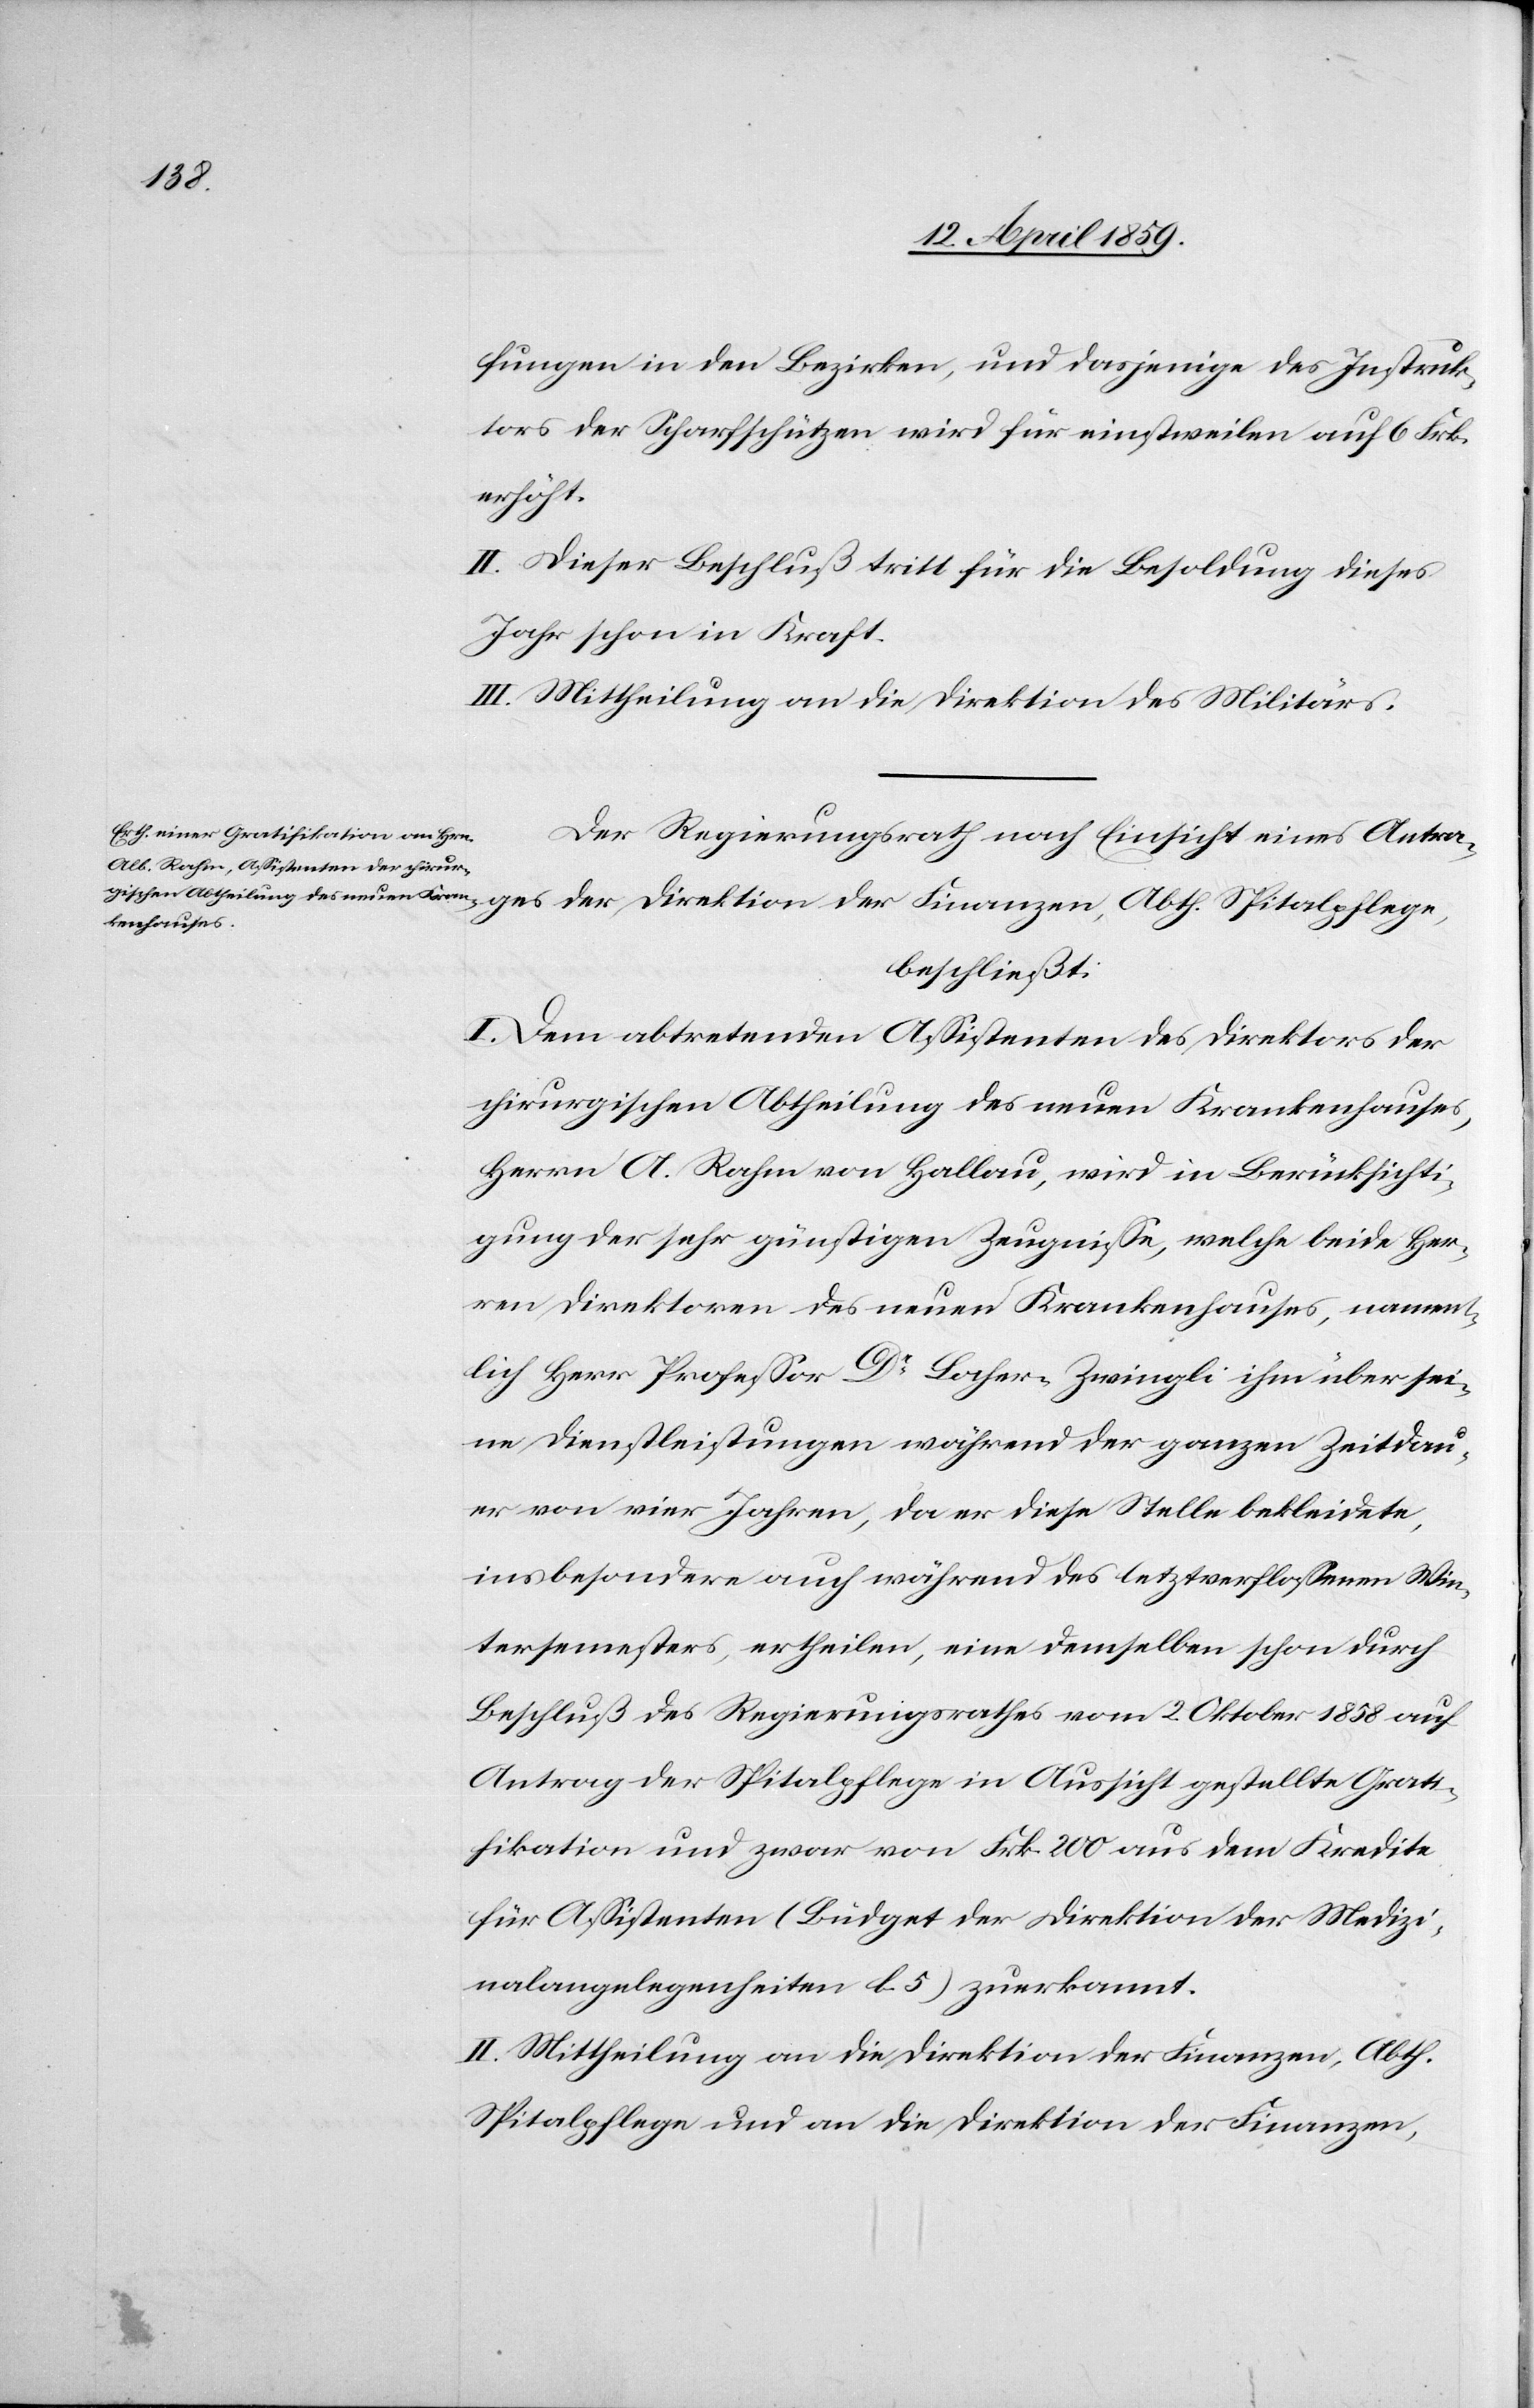
fungen in den Bezirken, und dasjenige des Instruk¬
tors der Scharfschützen wird für einstweilen auf 6 Frk.
erhöht.
II. Dieser Beschluß tritt für die Besoldung dieses
Jahr schon in Kraft.
III. Mittheilung an die Direktion des Militärs.
Der Regierungsrath nach Einsicht eines Antrages
beschließt:
I. Dem abtretenden Aßistenten des Direktors der
chirurgischen Abtheilung des neuen Krankenhauses,
Herrn A. Rahm von Hallau, wird in Berücksichti¬
gung der sehr günstigen Zeugniße, welche beide Her¬
ren Direktoren des neuen Krankenhauses, nament¬
lich Herr Profeßor Dr. Locher-Zwingli ihm über sei¬
ne Dienstleistungen während der ganzen Zeitdau¬
er von vier Jahren, da er diese Stelle bekleidete,
insbesondere auch während des letztverfloßenen Win¬
tersemesters, ertheilen, eine demselben schon durch
Beschluß des Regierungsrathes vom 2. Oktober 1858 auf
Antrag der Spitalpflege in Aussicht gestellte Grati¬
fikation und zwar von Frk. 200 aus dem Kredite
für Aßistenten (Budget der Direktion des Militärs
II. Mittheilung an die Direktion der Finanzen, Abth.
Spitalpflege und an die Direktion der Finanzen,